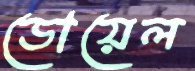
ডোয়েল